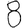
Digit: 8